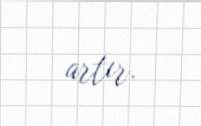
artır.